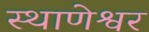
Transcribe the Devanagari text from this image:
स्थाणेश्वर